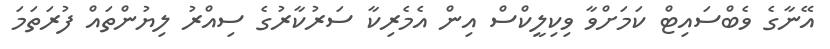
އޭނާގެ ވެބްސައިޓް ކަމަށްވާ ވިކިލީކްސް އިން އެމެރިކާ ސަރުކާރުގެ ސިއްރު ލިޔުންތައް ފުރަތަމަ